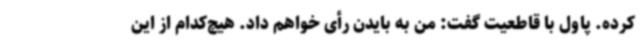
کرده. پاول با قاطعیت گفت: من به بایدن رأی خواهم داد. هیچ‌کدام از این